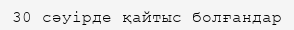
30 сәуірде қайтыс болғандар